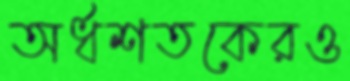
অর্ধশতকেরও